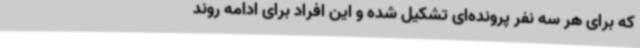
که برای هر سه نفر پرونده‌ای تشکیل شده و این افراد برای ادامه روند